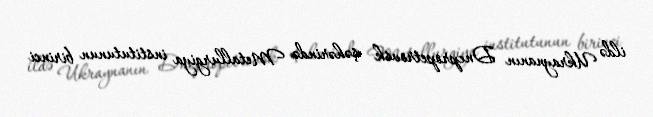
ildə Ukraynanın Dnepropetrovsk şəhərində Metallurgiya institutunun birinci